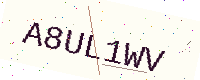
Text: A8UL1WV